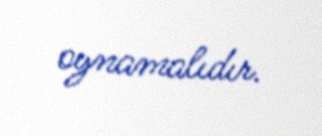
oynamalıdır.